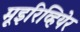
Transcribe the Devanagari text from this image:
मूइरिव्हियेर